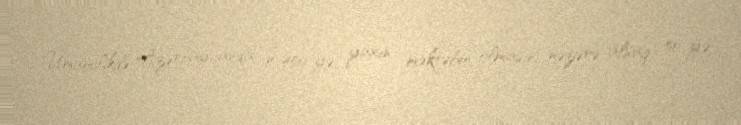
Ümumilikdə Azərbaycanda 4 450-yə yaxın məktəbin olmasını nəzərə alsaq, 50-yə